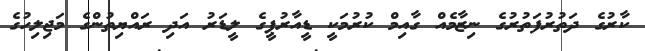
ކާރުގެ ދަތުރުފަތުރުގެ ނިޒާމެއް ގާއިމް ކުރުމަކީ ޑީއާރުޕީގެ ލީޑަރު އަދި ރައްޔިތުންގެ މަޖިލިހުގެ